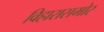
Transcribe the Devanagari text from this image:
विहारासमोर